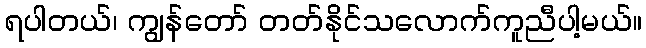
ရပါတယ်၊ ကျွန်တော် တတ်နိုင်သလောက်ကူညီပါ့မယ်။